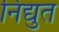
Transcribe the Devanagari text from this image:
निद्युत